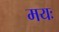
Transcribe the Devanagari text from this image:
मयः